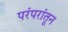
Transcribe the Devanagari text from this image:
परंपरांतून